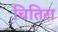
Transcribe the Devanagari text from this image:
चितिरा